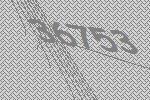
36753